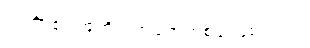
လင်္ကာ၏ အကိုင်းအခက်တစ်ခု ဖြစ်သည်။